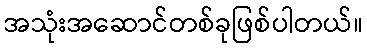
အသုံးအဆောင်တစ်ခုဖြစ်ပါတယ်။